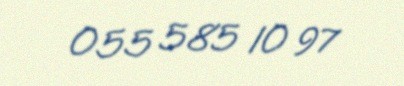
055 585 10 97